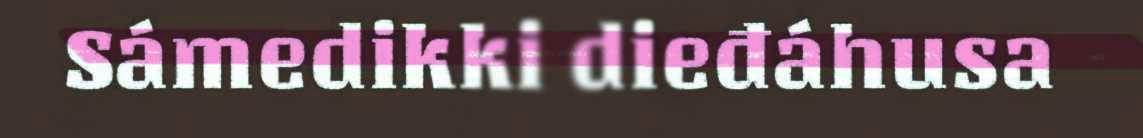
Sámedikki dieđáhusa